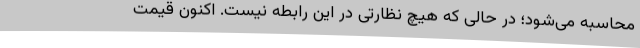
محاسبه می‌شود؛ در حالی که هیچ نظارتی در این رابطه نیست. اکنون قیمت